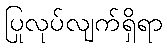
ပြုလုပ်လျက်ရှိရာ